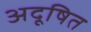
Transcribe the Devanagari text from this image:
अदूषित